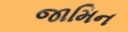
જામિન